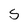
Character: S